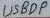
Text: USBDP